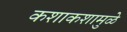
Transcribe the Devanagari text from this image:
कशाकशामुळे